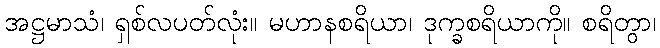
အဋ္ဌမာသံ၊ ရှစ်လပတ်လုံး။ မဟာနစရိယာ၊ ဒုက္ခစရိယာကို။ စရိတွာ၊